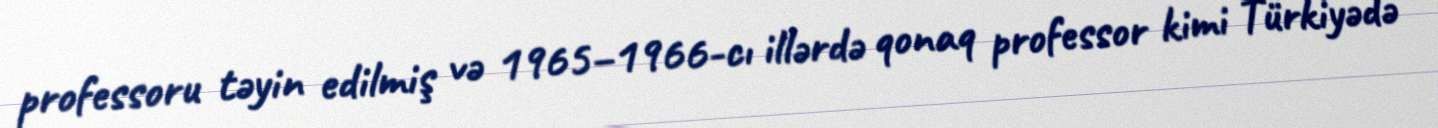
professoru təyin edilmiş və 1965–1966-cı illərdə qonaq professor kimi Türkiyədə